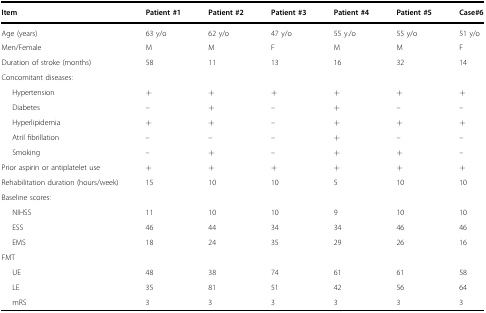
<table><thead><tr><td><b>Item</b></td><td><b>Patient #1</b></td><td><b>Patient #2</b></td><td><b>Patient #3</b></td><td><b>Patient #4</b></td><td><b>Patient #5</b></td><td><b>Case#6</b></td></tr></thead><tbody><tr><td>Age (years)</td><td>63 y/o</td><td>62 y/o</td><td>47 y/o</td><td>55 y./o</td><td>55 y/o</td><td>51 y/o</td></tr><tr><td>Men/Female</td><td>M</td><td>M</td><td>F</td><td>M</td><td>M</td><td>F</td></tr><tr><td>Duration of stroke (months)</td><td>58</td><td>11</td><td>13</td><td>16</td><td>32</td><td>14</td></tr><tr><td colspan="7">Concomitant diseases:</td></tr><tr><td>Hypertension</td><td>+</td><td>+</td><td>+</td><td>+</td><td>+</td><td>+</td></tr><tr><td>Diabetes</td><td>–</td><td>+</td><td>–</td><td>+</td><td>–</td><td>–</td></tr><tr><td>Hyperlipidemia</td><td>+</td><td>+</td><td>–</td><td>+</td><td>+</td><td>+</td></tr><tr><td>Atril fibrillation</td><td>–</td><td>–</td><td>–</td><td>+</td><td>–</td><td>–</td></tr><tr><td>Smoking</td><td>–</td><td>+</td><td>–</td><td>+</td><td>+</td><td>–</td></tr><tr><td>Prior aspirin or antiplatelet use</td><td>+</td><td>+</td><td>+</td><td>+</td><td>+</td><td>+</td></tr><tr><td>Rehabilitation duration (hours/week)</td><td>15</td><td>10</td><td>10</td><td>5</td><td>10</td><td>10</td></tr><tr><td colspan="7">Baseline scores:</td></tr><tr><td>NIHSS</td><td>11</td><td>10</td><td>10</td><td>9</td><td>10</td><td>10</td></tr><tr><td>ESS</td><td>46</td><td>44</td><td>34</td><td>34</td><td>46</td><td>46</td></tr><tr><td>EMS</td><td>18</td><td>24</td><td>35</td><td>29</td><td>26</td><td>16</td></tr><tr><td colspan="7">FMT</td></tr><tr><td>UE</td><td>48</td><td>38</td><td>74</td><td>61</td><td>61</td><td>58</td></tr><tr><td>LE</td><td>35</td><td>81</td><td>51</td><td>42</td><td>56</td><td>64</td></tr><tr><td>mRS</td><td>3</td><td>3</td><td>3</td><td>3</td><td>3</td><td>3</td></tr></tbody></table>